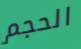
الحجم